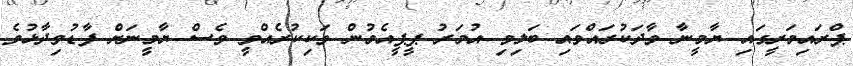
ޕްރައިމަރީގައި ޔާމީނާ ވާދަކުރައްވައި ބަލިވި އުމަރު ޕީޕީއެމުން ވަކިކުރެއްވީ ވެސް ޔާމީނަށް ފާޑުވިދާޅުވެ